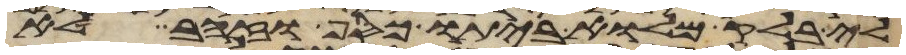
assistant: לי בלק מלוא ביתו כסף או זהב לא